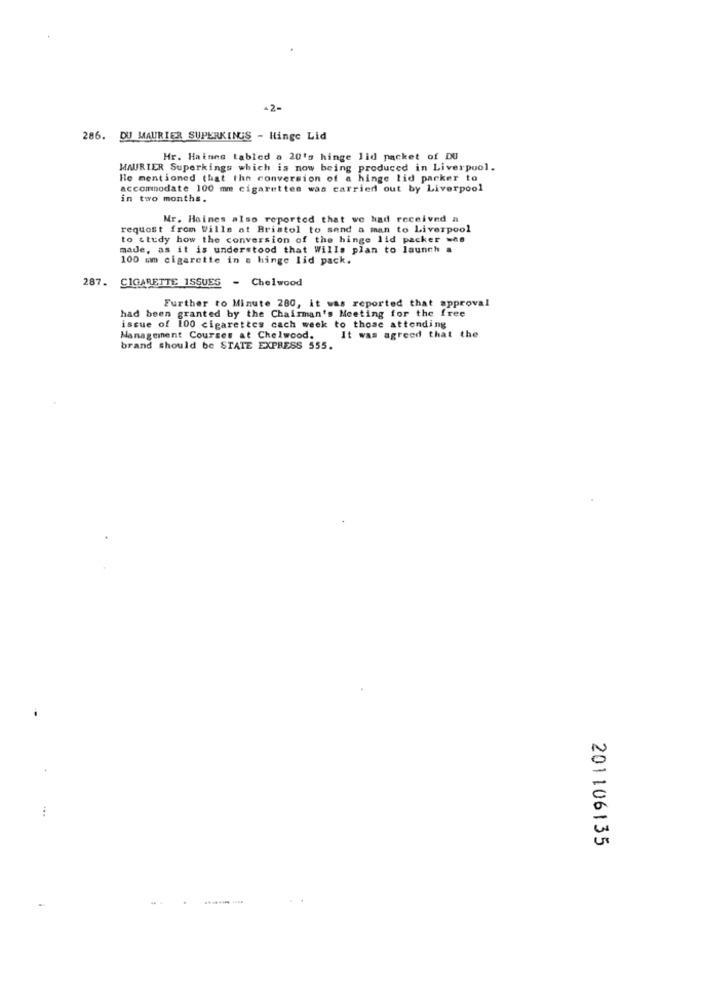
-2-
286. DU MAURIER SUPERKINGS - Hinge Lid
Hr. Hainen tabled a 20's hinge lid packet of DU
MAURIER Superkings which is now being produced in Liverpool.
He mentioned that the conversion of a hinge lid parker to
accommodate 100 mm cigarettes was carried out by Liverpool
in two months.
Mr. Haines also reported that we had received a
request from Wills at Bristol to send a man to Liverpool
to study how the conversion of the hinge lid packer =as
made, as it is understood that Wills plan to launch a
100 mm cigarette in s hinge lid pack.
287. CIGARETTE ISSUES - Chelwood
Further to Minute 280, it was reported that approval
had been granted by the Chairman's Meeting for the free
issue of 100 cigarettes cach week to those attending
Management Courses at Chelwood. It was agreed that the
brand should be STATE EXPRESS 555.
201106135